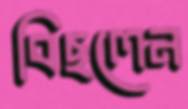
বিছলেন